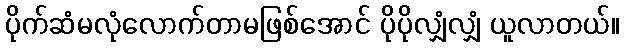
ပိုက်ဆံမလုံလောက်တာမဖြစ်အောင် ပိုပိုလျှံလျှံ ယူလာတယ်။